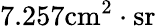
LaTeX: \textnormal{7.257}\mathrm{cm^{2}\cdot{sr}}